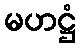
မဟဋ္ဌံ